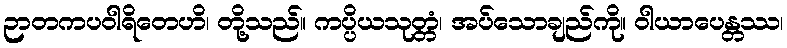
ဉာတကပဝါရိတေဟိ၊ တို့သည်။ ကပ္ပိယသုတ္တံ၊ အပ်သောချည်ကို။ ဝါယာပေန္တဿ၊